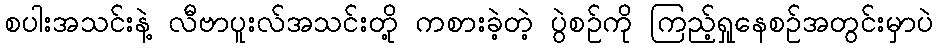
စပါးအသင်းနဲ့ လီဗာပူးလ်အသင်းတို့ ကစားခဲ့တဲ့ ပွဲစဉ်ကို ကြည့်ရှုနေစဉ်အတွင်းမှာပဲ